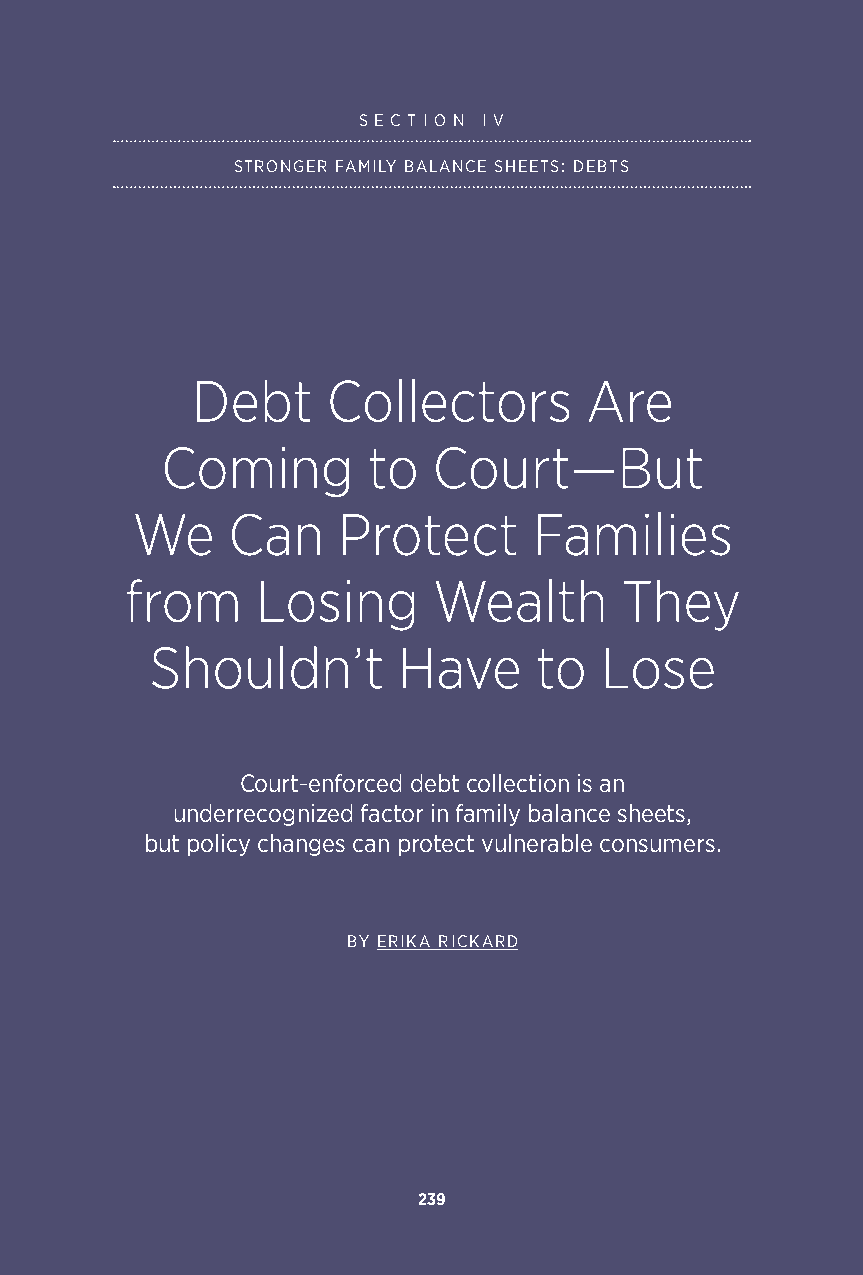
S E C T I O N I V
 STRONGER FAMILY BALANCE SHEETS: DEBTS
 Debt     Collectors       Are
 Coming       to   Court—But
 We    Can    Protect      Families
 from     Losing      Wealth      They
 Shouldn’t       Have     to   Lose
 Court-enforced debt collection is an
 underrecognized factor in family balance sheets,
 but policy changes can protect vulnerable consumers.
 BY ERIKA RICKARD
 239